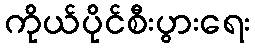
ကိုယ်ပိုင်စီးပွားရေး